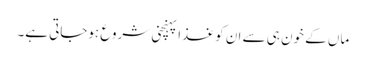
ماں کے خون ہی سے ان کو غذا پہنچنی شروع ہوجاتی ہے۔